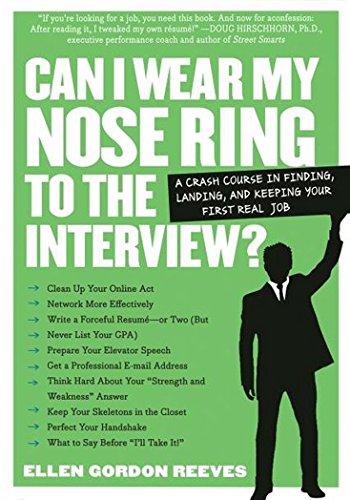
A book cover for Can I Wear My Nose Ring to the Interview?: A Crash Course in Finding, Landing, and Keeping Your First Real Job; Ellen Gordon Reeves; Business & Money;